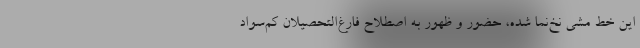
این خط مشی نخ‌نما شده، حضور و ظهور به اصطلاح فارغ‌التحصیلان کم‌سواد